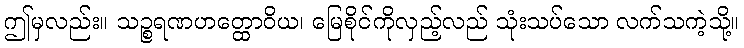
ဤမှလည်း။ သဉ္စရဏဟတ္ထောဝိယ၊ မြေစိုင်ကိုလှည့်လည် သုံးသပ်သော လက်သကဲ့သို့။